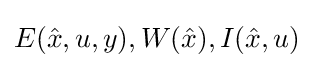
E({\hat {x}},u,y),W({\hat {x}}),I({\hat {x}},u)